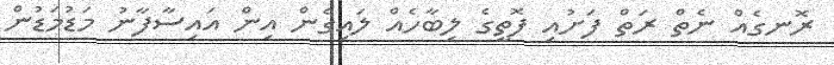
ރޮނގެއް ނެތް ރަތް ފަށުއި ފޮތީގެ ލިބާހެއް ލައިގެން އިން އައިސާފާނު މަޑުމަޑުން